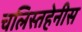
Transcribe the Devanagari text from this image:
चलिस्तहेनीस